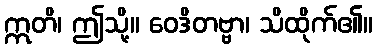
ဣတိ၊ ဤသို့။ ဝေဒိတဗ္ဗာ၊ သိထိုက်၏။